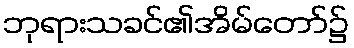
ဘုရားသခင်၏အိမ်တော်၌